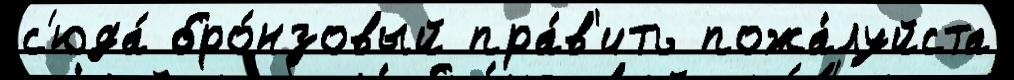
с'юда́ бро́нзовый пра́в'ить пожа́луйста